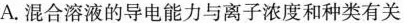
A.混合溶液的导电能力与离子浓度和种类有关